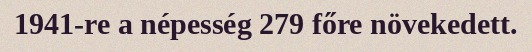
1941-re a népesség 279 főre növekedett.